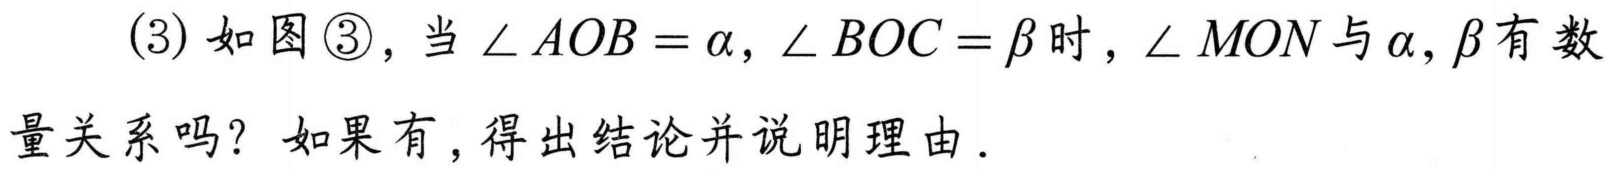
(3) 如图\textcircled{3}，当$\angle AOB=\alpha$，$\angle BOC=\beta$时，$\angle MON$与$\alpha,\beta$有数量关系吗？如果有，得出结论并说明理由．